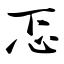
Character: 忑